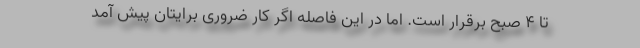
تا ۴ صبح برقرار است. اما در این فاصله اگر کار ضروری برایتان پیش آمد